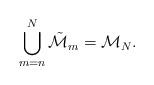
LaTeX: \begin{align*}\bigcup_{m=n}^N \tilde{\mathcal{M}}_{m}= \mathcal{M}_{N}.\end{align*}